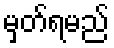
မှတ်ရမည်